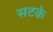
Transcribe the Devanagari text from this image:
सटके